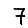
Digit: 7